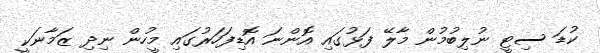
ކުޑަ ސިޓީ ނުލިބުމުން މާލޭ ފަޅުގައި އޮންނަ އޮޑިފަހަރުގައި މީހުން ނިދި ޒަމާނަކީ